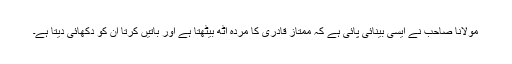
مولانا صاحب نے ایسی بینائی پائی ہے کہ ممتاز قادری کا مردہ اٹھ بیٹھتا ہے اور باتیں کرتا ان کو دکھائی دیتا ہے۔